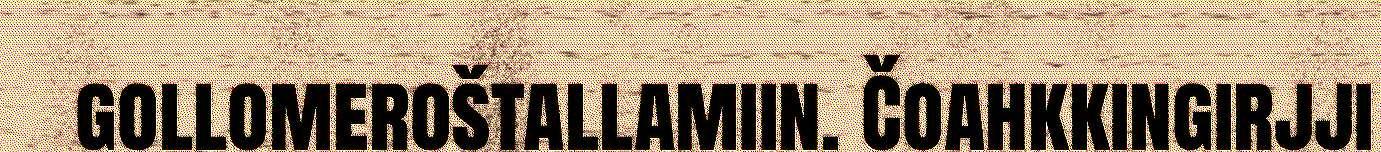
gollomeroštallamiin. Čoahkkingirjji